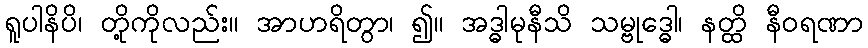
ရူပါနိပိ၊ တို့ကိုလည်း။ အာဟရိတွာ၊ ၍။ အဒ္ဓါမုနီသိ သမ္ဗုဒ္ဓေါ၊ နတ္ထိ နီဝရဏာ